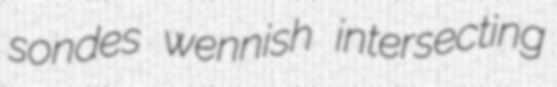
sondes wennish intersecting